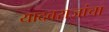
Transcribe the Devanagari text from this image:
यादवराजांचा